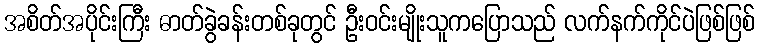
အစိတ်အပိုင်းကြီး ဓာတ်ခွဲခန်းတစ်ခုတွင် ဦးဝင်းမျိုးသူကပြောသည် လက်နက်ကိုင်ပဲဖြစ်ဖြစ်